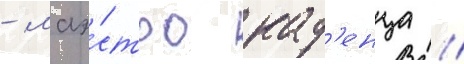
- маэ́стро кад'енца //